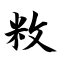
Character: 敉